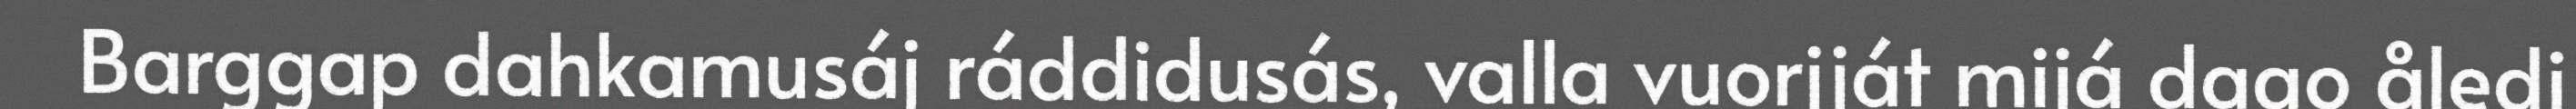
Barggap dahkamusáj ráddidusás, valla vuorjját mijá dago åledi